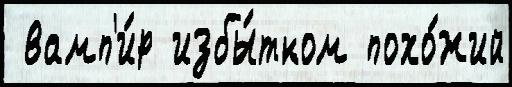
 вамп'и́р избы́тком похо́жий